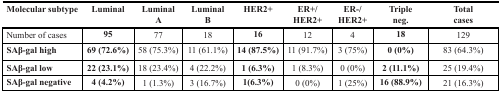
<table><thead><tr><td><b>Molecular subtype</b></td><td><b>Luminal</b></td><td><b>Luminal A</b></td><td><b>Luminal B</b></td><td><b>HER2+</b></td><td><b>ER+/HER2+</b></td><td><b>ER−/HER2+</b></td><td><b>Triple neg.</b></td><td><b>Total cases</b></td></tr></thead><tbody><tr><td>Number of cases</td><td><b>95</b></td><td>77</td><td>18</td><td><b>16</b></td><td>12</td><td>4</td><td><b>18</b></td><td>129</td></tr><tr><td><b>SAβ-gal high</b></td><td><b>69 (72.6%)</b></td><td>58 (75.3%)</td><td>11 (61.1%)</td><td><b>14 (87.5%)</b></td><td>11 (91.7%)</td><td>3 (75%)</td><td><b>0 (0%)</b></td><td>83 (64.3%)</td></tr><tr><td><b>SAβ-gal low</b></td><td><b>22 (23.1%)</b></td><td>18 (23.4%)</td><td>4 (22.2%)</td><td><b>1 (6.3%)</b></td><td>1 (8.3%)</td><td>0 (0%)</td><td><b>2 (11.1%)</b></td><td>25 (19.4%)</td></tr><tr><td><b>SAβ-gal negative</b></td><td><b>4 (4.2%)</b></td><td>1 (1.3%)</td><td>3 (16.7%)</td><td><b>1(6.3%)</b></td><td>0 (0%)</td><td>1 (25%)</td><td><b>16 (88.9%)</b></td><td>21 (16.3%)</td></tr></tbody></table>